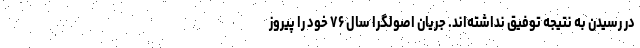
در رسیدن به نتیجه توفیق نداشته‌اند. جریان اصولگرا سال ۷۶ خود را پیروز